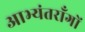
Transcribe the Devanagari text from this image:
आभ्यंतराँगों